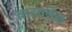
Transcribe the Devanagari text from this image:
वारयलेस